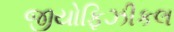
જીયોફિઝીકલ